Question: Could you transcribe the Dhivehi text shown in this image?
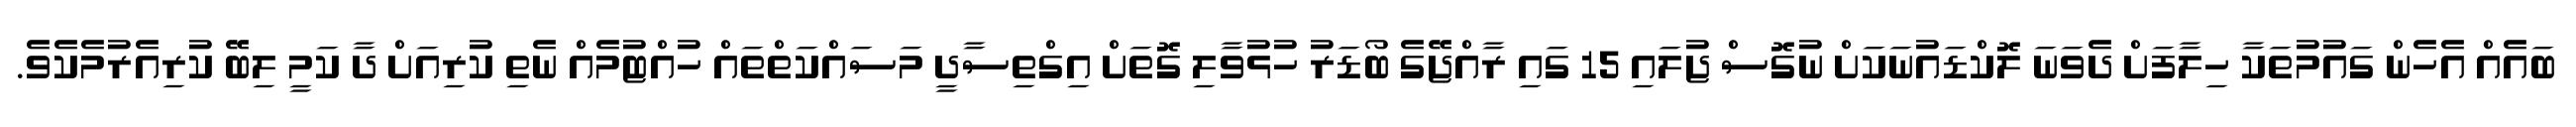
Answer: ބައެއް އެހެން ގައުމުތަކާ ހިލާފަށް ދެވަނަ ލޮކްޑައުނަކަށް ނުގޮސް ޖުލައި 15 ގައި ރާއްޖޭގެ ބޯޑަރު ހުޅުވާލި ގޮތަށް އިގްތިސާދީ މަސައްކަތްތައް ހުއްޓުމެއް ނެތި ކުރިއަށް ދާ ކަމީ ލިބޭ ކުރިއެރުމެކެވެ.